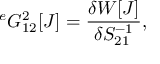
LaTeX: { } ^ { e } G _ { 1 2 } ^ { 2 } [ J ] = \frac { \delta W [ J ] } { \delta S _ { 2 1 } ^ { - 1 } } ,